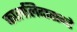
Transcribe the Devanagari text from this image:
काललिदासन्टे